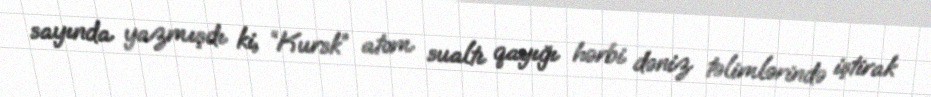
sayında yazmışdı ki, “Kursk” atom sualtı qayığı hərbi dəniz təlimlərində iştirak